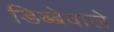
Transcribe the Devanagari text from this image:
डिब्बेवाले